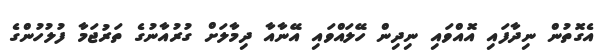
އެގޮތުން ނިދާފައި އޮއްވައި ނިދިން ހޭލައްވައި އޭނާއާ ދިމާލަށް ގުރުއާނުގެ ތަރުޖަމާ ފުލުހުންގެ